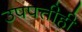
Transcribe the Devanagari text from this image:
उपपत्तीही